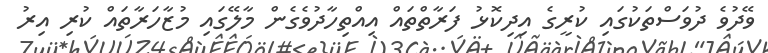
ވޭދުވެ ދުވަސްތަކުގައި ކުރީގެ އިދިކޮޅު ފަރާތްތައް އިއްތިހާދުވެގެން މާލޭގައި މުޒާހަރާތައް ކުރި އިރު